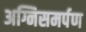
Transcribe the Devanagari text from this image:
अग्निसमर्पण